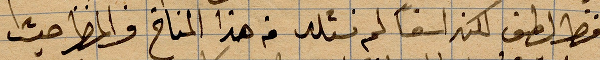
فقط لطف لكنه اسفًا لم نتلد في هذا المناخ والمطر حيث